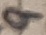
Text: 9